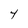
Character: 4